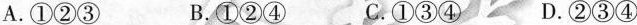
A.①②③ B.①②④ C.①③④ D.②③④